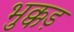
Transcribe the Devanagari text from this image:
भुक्कड़